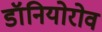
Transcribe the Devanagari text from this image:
डॉनियोरोव